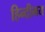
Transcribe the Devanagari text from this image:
हिन्दीमय